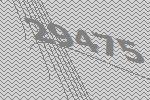
29475